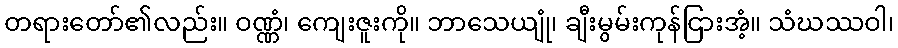
တရားတော်၏လည်း။ ဝဏ္ဏံ၊ ကျေးဇူးကို။ ဘာသေယျုံ၊ ချီးမွမ်းကုန်ငြားအံ့။ သံဃဿဝါ၊